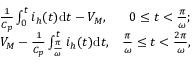
\begin{array} { r l r } & { \frac { 1 } { C _ { p } } \int _ { 0 } ^ { t } i _ { h } ( t ) \mathrm { d } t - { V _ { M } } , } & { 0 \le t < \frac { \pi } { \omega } ; } \\ & { { V _ { M } } - \frac { 1 } { C _ { p } } \int _ { \frac { \pi } { \omega } } ^ { t } i _ { h } ( t ) \mathrm { d } t , } & { \frac { \pi } { \omega } \le t < \frac { 2 \pi } { \omega } , } \end{array}